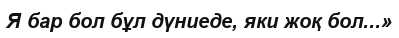
Я бар бол бұл дүниеде, яки жоқ бол...»